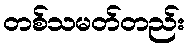
တစ်သမတ်တည်း